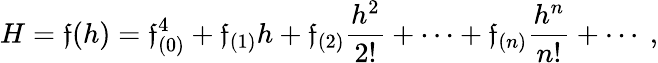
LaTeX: H=\mathfrak{f}(h)=\mathfrak{f}_{(0)}^{4}+\mathfrak{f}_{(1)}h+\mathfrak{f}_{(2)}\frac{{h^{2}}}{{2!}}+\cdots+\mathfrak{f}_{(n)}\frac{{h^{n}}}{{n!}}+\cdots\ ,